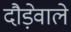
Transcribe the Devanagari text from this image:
दौड़ेवाले